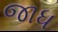
જાધ